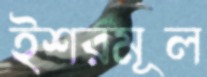
ইশরমূল